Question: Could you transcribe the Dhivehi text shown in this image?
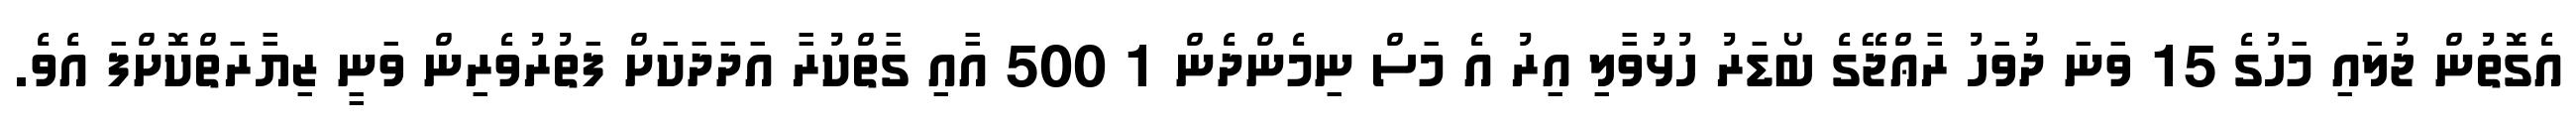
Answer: އެގޮތުން ޖުލައި މަހުގެ 15 ވަނަ ދުވަހު ރާޢްޖޭގެ ބޯޑަރު ހުޅުވާލި އިރު އެ މަސް ނިމެންދެން 1 500 އާއި ގާތްކުރާ އަދަދަކަށް ފަތުރުވެރިން ވަނީ ޒިޔާރަތްކޮށްފަ އެވެ.